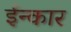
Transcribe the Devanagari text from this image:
ईन्कार